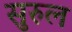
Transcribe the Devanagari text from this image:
सुरुल